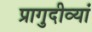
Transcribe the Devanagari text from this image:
प्रागुदीव्यां